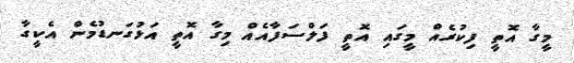
މީގާ އޮތީ ފިކުރެއް މީގައި އޮތީ ފަލްސަފާއެއް މިގާ އޮތީ އަޅުގަނޑުމެން އެކީގާ